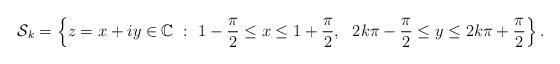
LaTeX: \begin{align*}\mathcal{S}_k=\left\{z=x+iy\in\mathbb{C}\ : \ 1-\frac{\pi}{2}\leq x\leq 1+\frac{\pi}{2},\ \ 2k\pi-\frac{\pi}{2}\leq y\leq 2k\pi+\frac{\pi}{2} \right\}.\end{align*}